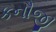
કનૌજી